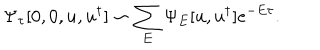
\Psi _ { \tau } [ 0 , 0 , u , u ^ { \dagger } ] \sim \sum _ { E } \Psi _ { E } [ u , u ^ { \dagger } ] e ^ { - E \tau } .